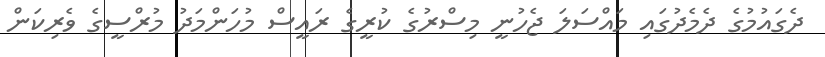
ދެގައުމުގެ ދެމެދުގައި މައްސަލަ ޖެހުނީ މިސްރުގެ ކުރީގެ ރައީސް މުހަންމަދު މުރްސީގެ ވެރިކަން